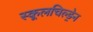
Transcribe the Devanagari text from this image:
स्कूलचिल्ड्रेन